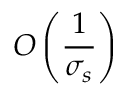
O \left( \frac { 1 } { \sigma _ { s } } \right)